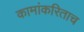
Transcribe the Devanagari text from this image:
कामांकरिताच